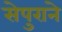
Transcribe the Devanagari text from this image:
सेपुराने